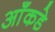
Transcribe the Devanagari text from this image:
आँकडे़